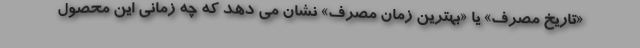
«تاریخ مصرف» یا «بهترین زمان مصرف» نشان می دهد که چه زمانی این محصول